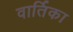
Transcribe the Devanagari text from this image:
वार्तिका